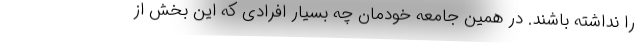
را نداشته باشند. در همین جامعه خودمان چه بسیار افرادی که این بخش از